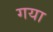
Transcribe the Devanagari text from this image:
गया